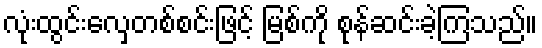
လုံးထွင်းလှေတစ်စင်းဖြင့် မြစ်ကို စုန်ဆင်းခဲ့ကြသည်။